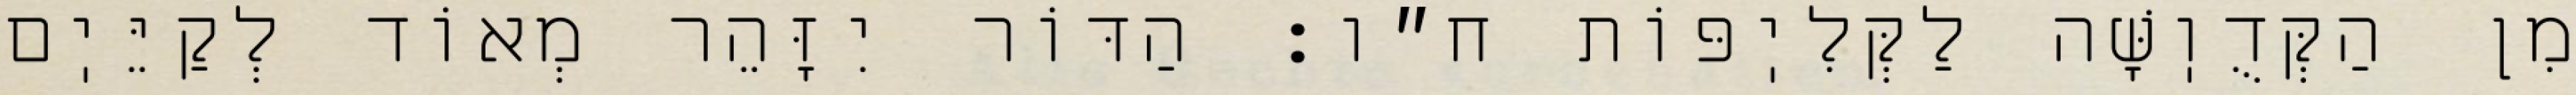
מִן הַקְּדֻוֽשָּׁה לַקְּלִיֽפּוֹת ח״ו: הַדּוֹר יִזָּהֵר מְאוֹד לְקַיֵּיֽם